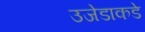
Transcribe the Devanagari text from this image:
उजेडाकडे